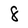
Character: 8